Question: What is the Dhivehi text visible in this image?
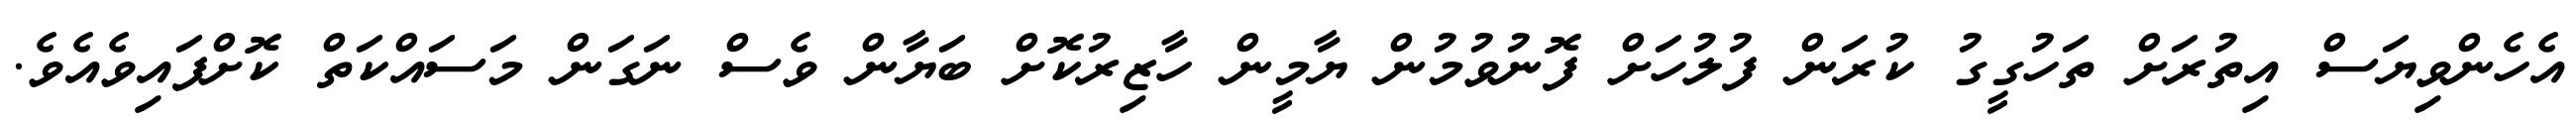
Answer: އެހެންވިޔަސް އިތުރަށް ތަހުގީގު ކުރަން ފުލުހަށް ފޮނުވުމުން ޔާމީން ހާޒިރުކޮށް ބަޔާން ވެސް ނަގަން މަސައްކަތް ކޮށްފައިވެއެވެ.